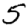
Digit: 5